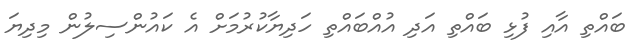
ބައްތި އާއި ފުޅި ބައްތި އަދި އުއްބައްތި ހަދިޔާކުރުމަށް އެ ކައުންސިލުން މިދިޔަ